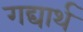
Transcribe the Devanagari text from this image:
गद्यार्थ